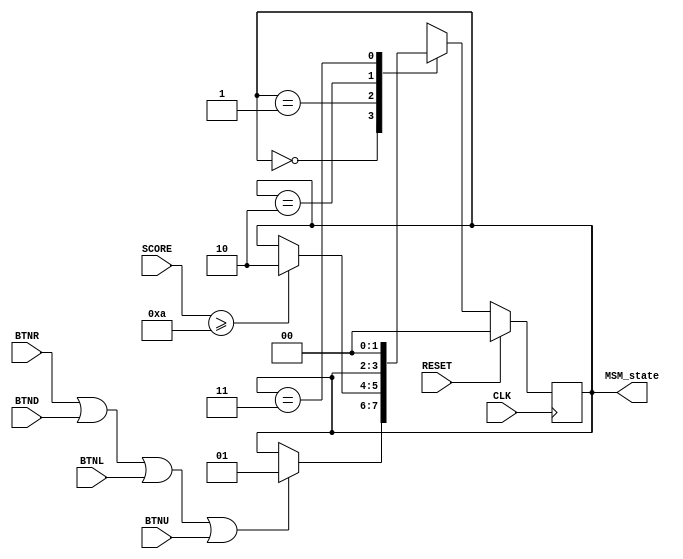
`timescale 1ns / 1ps
//////////////////////////////////////////////////////////////////////////////////
// Company: 
// Engineer: 
// 
// Design Name: 
// Module Name: MSM
// Project Name: 
// Target Devices: 
// Tool Versions: 
// Description: 
// 
// Dependencies: 
// 
// Revision:
// Revision 0.01 - File Created
// Additional Comments:
// 
//////////////////////////////////////////////////////////////////////////////////


module MSM(
    input CLK,
    input RESET,
    input [7:0] SCORE,
    input BTNR,
    input BTND,
    input BTNL,
    input BTNU,
    output [1:0] MSM_state
    );
    
    reg [1:0] Curr_state = 2'b00;
    reg [1:0] Next_state = 2'b00;
    always @ (posedge CLK) begin
        if (RESET)
            Next_state = 2'b00;
            
        else begin
            case(Curr_state)
                // IDLE
                2'b00: begin
                    if (BTNR || BTND || BTNL || BTNU)
                        Next_state <= 2'b01;
                    else
                        Next_state <= Curr_state;
                end
                // PLAY
                2'b01: begin
                    if (SCORE >= 4'd10)
                        Next_state <= 2'b10;
                    else
                        Next_state <= Curr_state;
                end
                // WIN
                2'b10: begin
                    if (RESET)
                        Next_state <= 2'b00;
                    else
                        Next_state <= Curr_state;
                end
                2'b11: begin
                    Next_state <= 2'b00;
                end
            endcase
        end
        Curr_state <= Next_state;
    end
    
    assign MSM_state = Curr_state;
endmodule